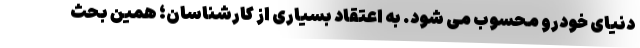
دنیای خودرو محسوب می شود. به اعتقاد بسیاری از کارشناسان؛ همین بحث